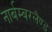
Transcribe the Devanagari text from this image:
नार्बम्बरलैण्ड